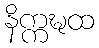
နိက္ကဍ္ဎထ